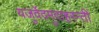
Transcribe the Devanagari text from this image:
यजुर्वेदमुदाहरन्तीं